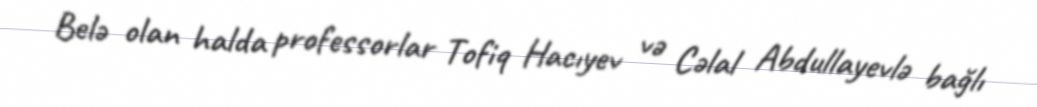
Belə olan halda professorlar Tofiq Hacıyev və Cəlal Abdullayevlə bağlı